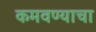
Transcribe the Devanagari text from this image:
कमवण्याचा